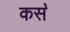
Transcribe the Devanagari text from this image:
कस॓